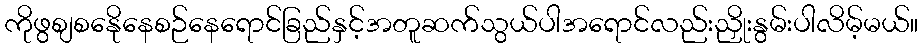
ကိုဖွစျစနေိုနေစဉ်နေရောင်ခြည်နှင့်အတူဆက်သွယ်ပါအရောင်လည်းညှိုးနွမ်းပါလိမ့်မယ်။